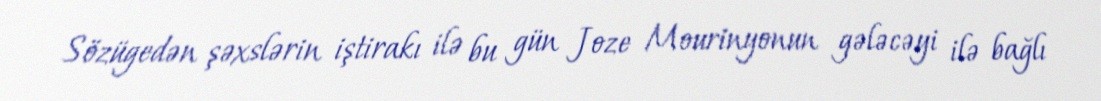
Sözügedən şəxslərin iştirakı ilə bu gün Joze Mourinyonun gələcəyi ilə bağlı